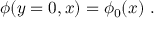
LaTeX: \phi ( y = 0 , x ) = \phi _ { 0 } ( x ) \ .